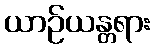
ယာဉ်ယန္တရား